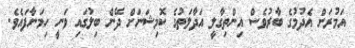
އަމުރަށް އެދުމުގެ ބާރުވެސް އިންތިގާލީ އަދާލަތުގެ ކޮމިޝަނަށް ދޭން ބިލުގައި ވަނީ ހިމަނާފައެވެ.